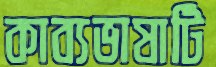
কাব্যভাষাটি